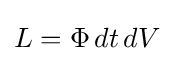
L=\Phi \,dt\,dV